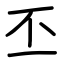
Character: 丕